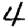
Digit: 4